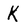
Character: K